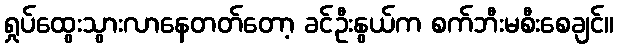
ရှုပ်ထွေးသွားလာနေတတ်တော့ ခင်ဦးနွယ်က စက်ဘီးမစီးစေချင်။